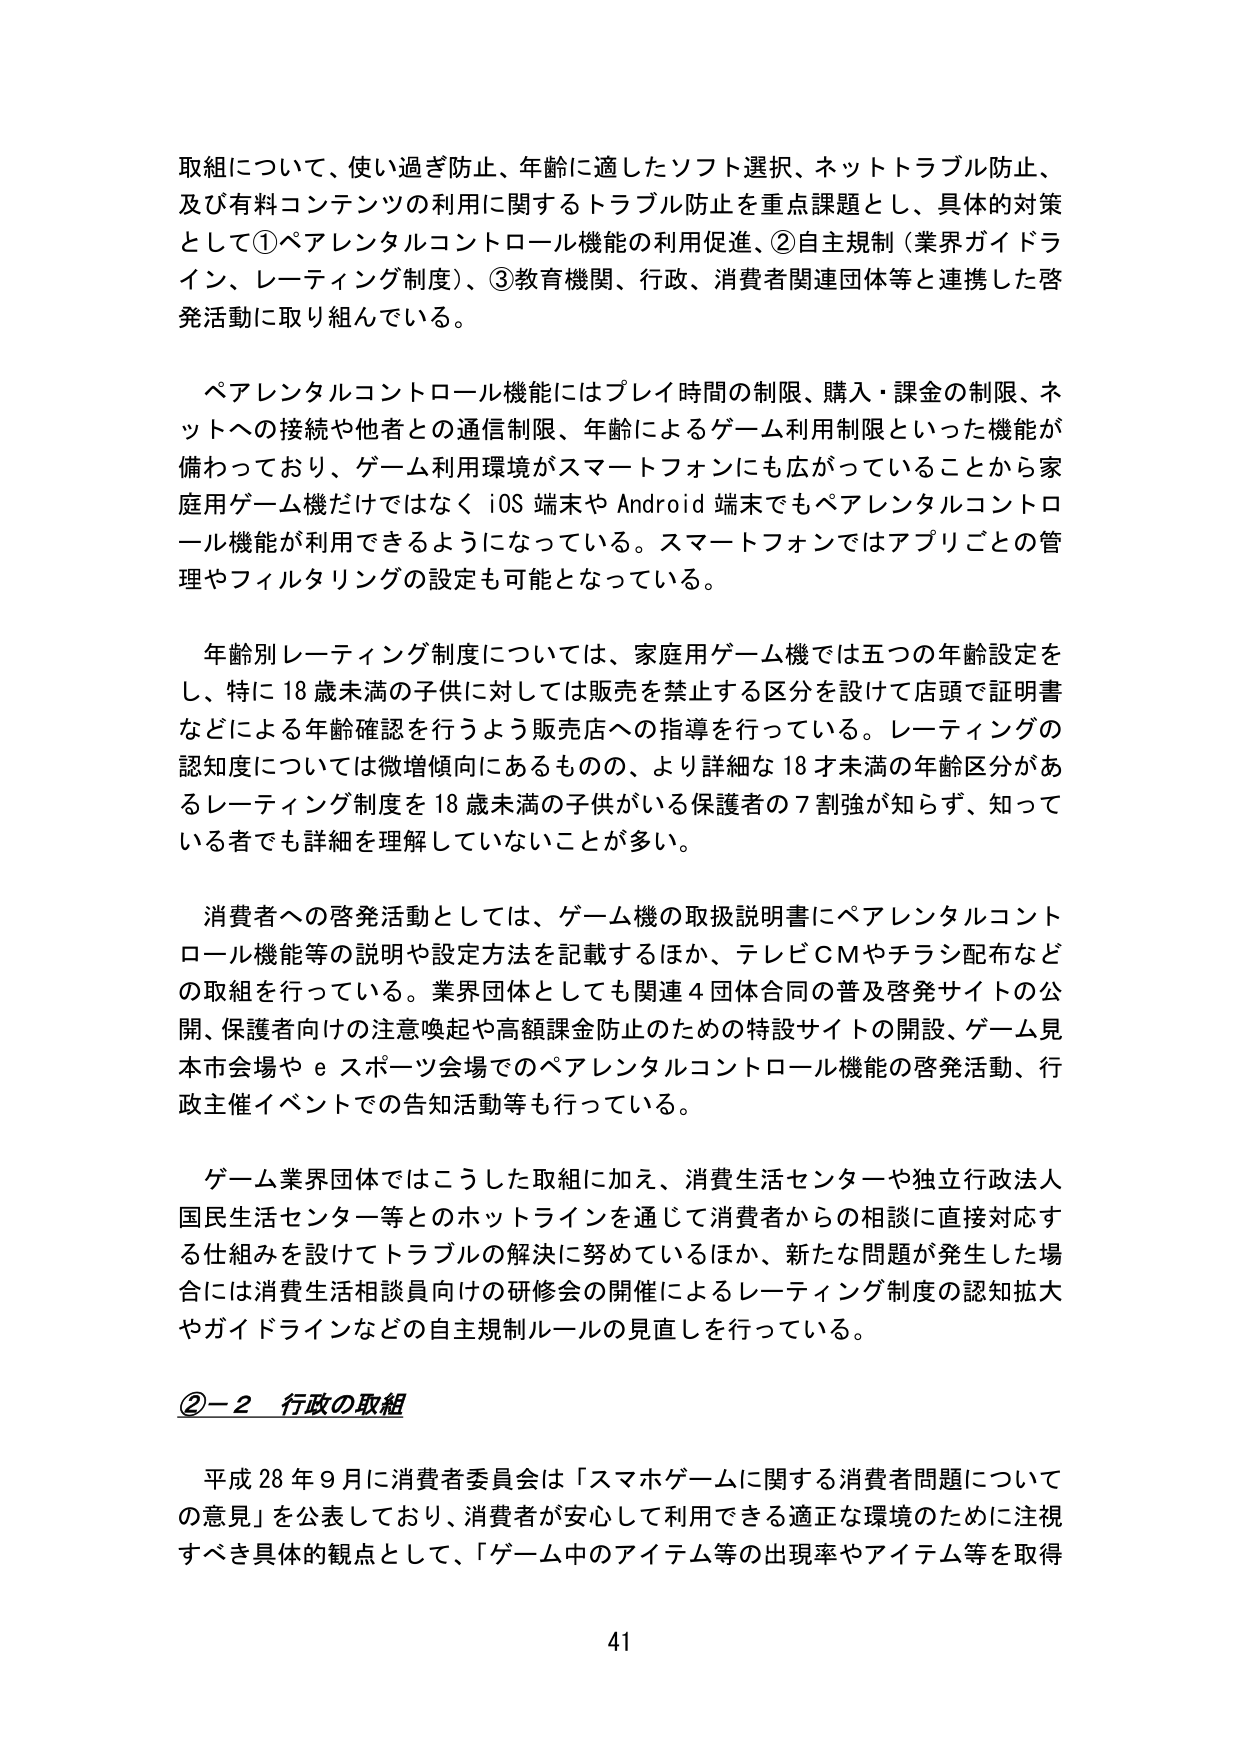
取組について、使い過ぎ防止、年齢に適したソフト選択、ネットトラブル防止、
及び有料コンテンツの利用に関するトラブル防止を重点課題とし、具体的対策
として①ペアレンタルコントロール機能の利用促進、②自主規制（業界ガイドライン、レーティング制度）、③教育機関、行政、消費者関連団体等と連携した啓
発活動に取り組んでいる。

　ペアレンタルコントロール機能にはプレイ時間の制限、購入・課金の制限、ネ
ットへの接続や他者との通信制限、年齢によるゲーム利用制限といった機能が
備わっており、ゲーム利用環境がスマートフォンにも広がっていることから家
庭用ゲーム機だけではなく iOS 端末や Android 端末でもペアレンタルコントロ
ール機能が利用できるようになっている。スマートフォンではアプリごとの管
理やフィルタリングの設定も可能となっている。

　年齢別レーティング制度については、家庭用ゲーム機では五つの年齢設定を
し、特に 18 歳未満の子供に対しては販売を禁止する区分を設けて店頭で証明書
などによる年齢確認を行うよう販売店への指導を行っている。レーティングの
認知度については微増傾向にあるものの、より詳細な 18 才未満の年齢区分があ
るレーティング制度を 18 歳未満の子供がいる保護者の 7 割強が知らず、知って
いる者でも詳細を理解していないことが多い。

　消費者への啓発活動としては、ゲーム機の取扱説明書にペアレンタルコント
ロール機能等の説明や設定方法を記載するほか、テレビＣＭやチラシ配布など
の取組を行っている。業界団体としても関連 4 団体合同の普及啓発サイトの公
開、保護者向けの注意喚起や高額課金防止のための特設サイトの開設、ゲーム見
本市会場や e スポーツ会場でのペアレンタルコントロール機能の啓発活動、行
政主催イベントでの告知活動等も行っている。

　ゲーム業界団体ではこうした取組に加え、消費生活センターや独立行政法人
国民生活センター等とのホットラインを通じて消費者からの相談に直接対応す
る仕組みを設けてトラブルの解決に努めているほか、新たな問題が発生した場
合には消費生活相談員向けの研修会の開催によるレーティング制度の認知拡大
やガイドラインなどの自主規制ルールの見直しを行っている。

②－２ 行政の取組

　平成 28 年 9 月に消費者委員会は「スマホゲームに関する消費者問題について
の意見」を公表しており、消費者が安心して利用できる適正な環境のために注視
すべき具体的観点として、「ゲーム中のアイテム等の出現率やアイテム等を取得

41